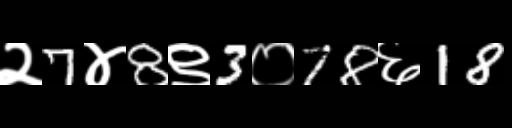
Text: २7४8९3०78६18